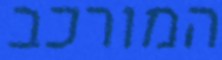
המורכב